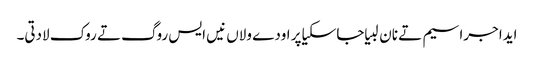
ایدا جراسیم تے نان لبیا جاسکیا پر اودے ولاں نیں ایس روگ تے روک لادتی۔